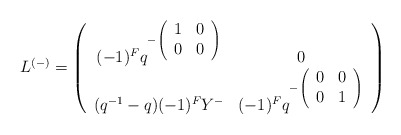
\begin{align*}L^{(-)}=\left(\begin{array}{cc}(-1)^{F}q^{-\left(\begin{array}{cc}1&0\\0&0\end{array}\right)}&0\\(q^{-1}-q)(-1)^{F}Y^{-}&(-1)^{F}q^{-\left(\begin{array}{cc}0&0\\0&1\end{array}\right)}\end{array}\right)\end{align*}